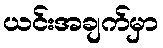
ယင်းအချက်မှာ